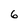
Character: 6